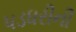
પડધરીની